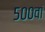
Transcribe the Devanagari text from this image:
५००वां